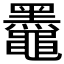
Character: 𫜞